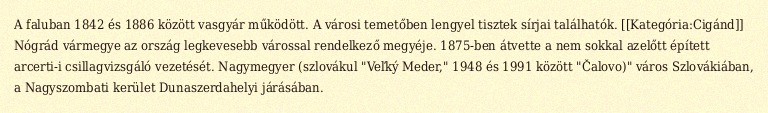
A faluban 1842 és 1886 között vasgyár működött. A városi temetőben lengyel tisztek sírjai találhatók. [[Kategória:Cigánd]] Nógrád vármegye az ország legkevesebb várossal rendelkező megyéje. 1875-ben átvette a nem sokkal azelőtt épített arcerti-i csillagvizsgáló vezetését. Nagymegyer (szlovákul "Veľký Meder," 1948 és 1991 között "Čalovo)" város Szlovákiában, a Nagyszombati kerület Dunaszerdahelyi járásában.